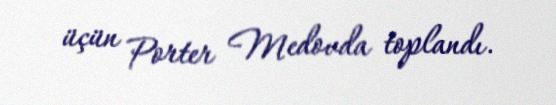
üçün Porter Medovda toplandı.